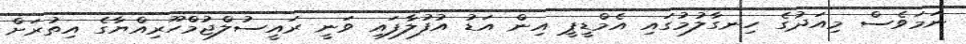
ނަމަވެސް މިއަދުގެ ހިނގާލުމުގައި އެމްޑީޕީ އިން އަޑު އުފުލާފައި ވަނީ ރައީސުލްޖުމްހޫރިއްޔާގެ އިތުރަށް